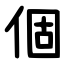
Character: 個